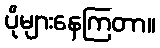
ပိုများနေကြတာ။